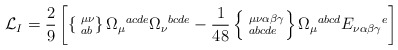
\begin{align*}{\cal L}_I = \frac{2}{9} \left[ \left\{ \phantom{|}^{\mu\nu}_{ab}\right\} \Omega_\mu{}^{acde} \Omega_\nu{}^{bcde} - \frac{1}{48}\left\{ \phantom{|}^{\mu\nu\alpha\beta\gamma}_{abcde} \right\}\Omega_\mu{}^{abcd} E_{\nu\alpha\beta\gamma}{}^e \right]\end{align*}